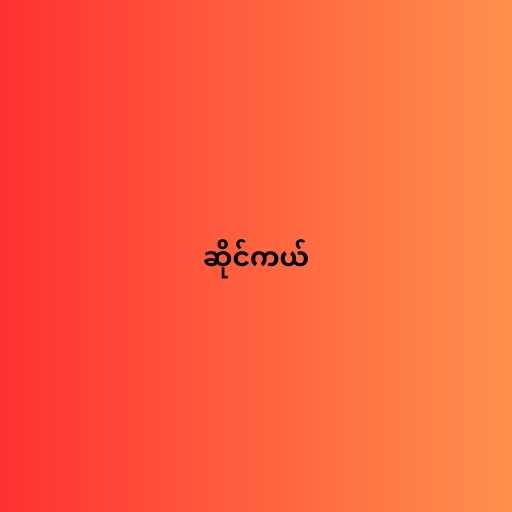
ဆိုင်ကယ်